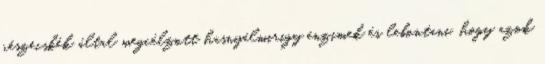
részecskék által megcélzott hasnyálmirigy enzimek és lebontani, hogy azok